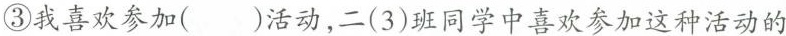
③我喜欢参加()活动，二(3)班同学中喜欢参加这种活动的